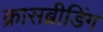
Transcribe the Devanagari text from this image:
क्रासब्रीडिंग